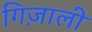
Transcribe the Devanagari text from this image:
गिज़ाली